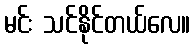
မင်း သင်နိုင်တယ်လေ။